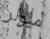
ميولر